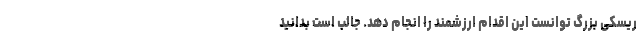
ریسکی بزرگ توانست این اقدام ارزشمند را انجام دهد. جالب است بدانید